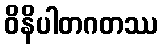
ဝိနိပါတဂတဿ